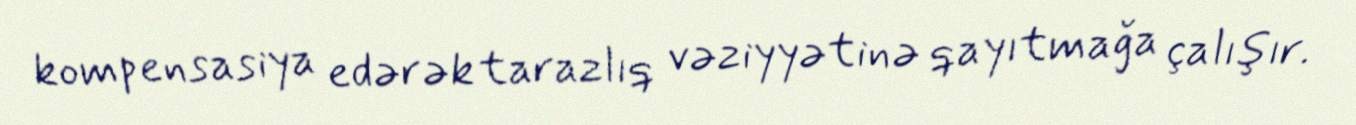
kompensasiya edərək tarazlıq vəziyyətinə qayıtmağa çalışır.